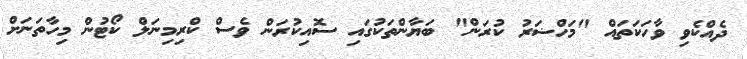
ދެއްކެވި ވާހަކަތައް "މަހްޟަރު ކުރަން" ބަޔާންތަކުގައި ސޮއިކުރަން ވެސް ކްރިމިނަލް ކޯޓުން މިހާތަނަށް